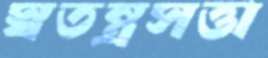
স্বতন্ত্রসত্তা